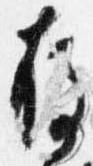
存